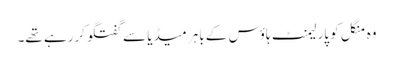
وہ منگل کو پارلیمنٹ ہاؤس کے باہر میڈیا سے گفتگو کررہے تھے۔